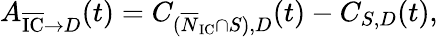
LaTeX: \begin{array}{r}{A_{\overline{{\textrm{IC}}}\rightarrow D}(t)=C_{(\overline{N}_{\textrm{IC}}\cap S),D}(t)-C_{S,D}(t),}\end{array}